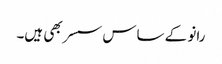
رانو کے ساس سسر بھی ہیں۔